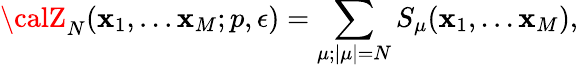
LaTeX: {\calZ}_{N}(\mathbf{x}_{1},...\mathbf{x}_{M};p,\epsilon)=\sum_{\mu;|\mu|=N}S_{\mu}(\mathbf{x}_{1},...\mathbf{x}_{M}),